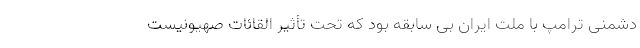
دشمنی ترامپ با ملت ایران بی سابقه بود که تحت تأثیر القائات صهیونیست